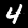
Label: 4